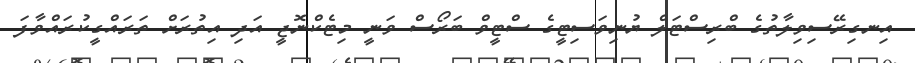
އިނގިރޭސިވިލާތުގެ ބްރިސްޓަލް ޔުނިވަސިޓީގެ ސްޓީވް ބަރޯސް ވަނީ މިޓެކްނޮޖީ އަދި އިތުރަށް ތަރައްގީކުރައްވާފަ